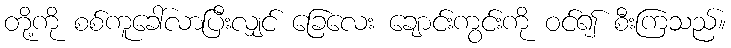
တို့ကို စစ်ကူခေါ်လာပြီးလျှင် ခြေလေး ချောင်းကွင်းကို ဝင်၍ စီးကြသည်။